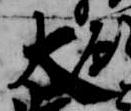
大